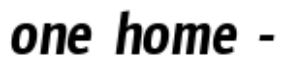
one home -